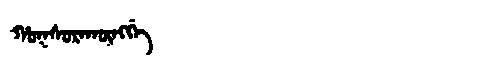
Manchu: ᡥᠣᡴᠰᠣᡵᠠᡴᡡᠩᡤᡝ
Romanization: HOKSORAKŪNGGE